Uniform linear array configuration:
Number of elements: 8
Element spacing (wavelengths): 0.25
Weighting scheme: cosine
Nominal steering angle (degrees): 60
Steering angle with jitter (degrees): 61.291
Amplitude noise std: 0.05
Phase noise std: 0.05

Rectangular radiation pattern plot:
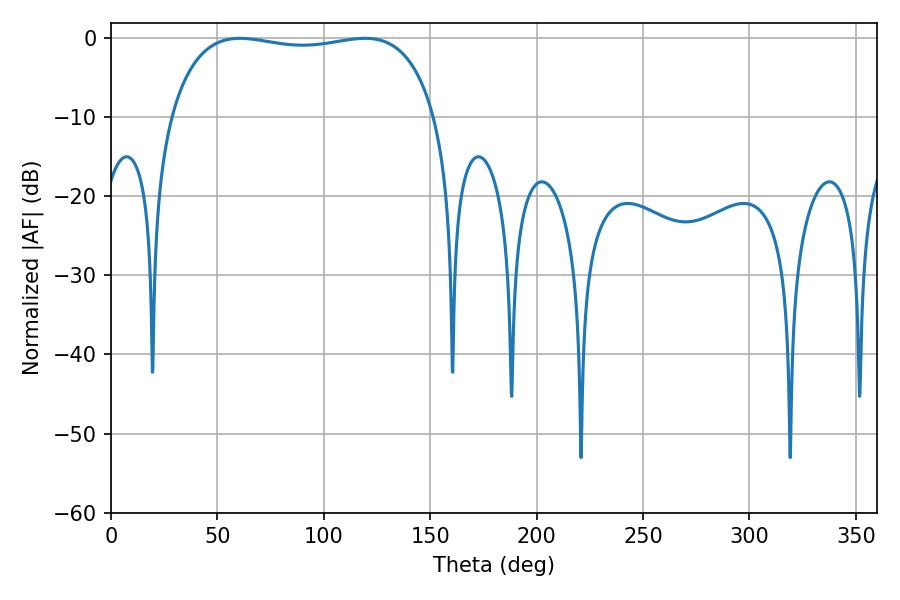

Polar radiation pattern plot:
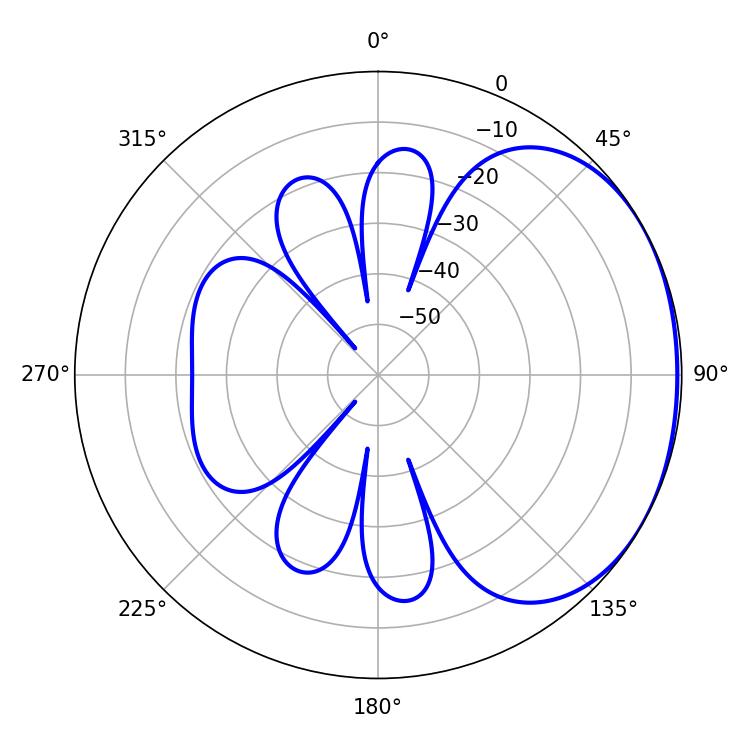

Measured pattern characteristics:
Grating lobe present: FALSE
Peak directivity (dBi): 1.508
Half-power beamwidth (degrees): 100.8
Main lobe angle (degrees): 60.66